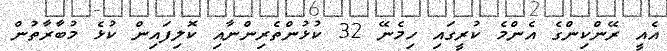
އެއީ ރޭންކިންގެ އެންމެ ކުރީގައި ހިމެނޭ 32 ކުޅުންތެރިންނާއި ކޮލިފައިން ކުޅެ މުބާރާތުން